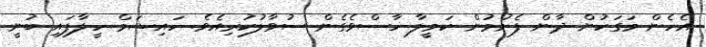
އެހެން މަގަކުން ދާން ފެށުމުން ކަމީލާ ހާސްވެގެން ސުވާލުކުރިއެވެ. ހައިޝަމް ހީލާފައި ބުނީ